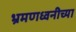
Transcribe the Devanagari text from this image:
भ्रमणध्वनीच्या